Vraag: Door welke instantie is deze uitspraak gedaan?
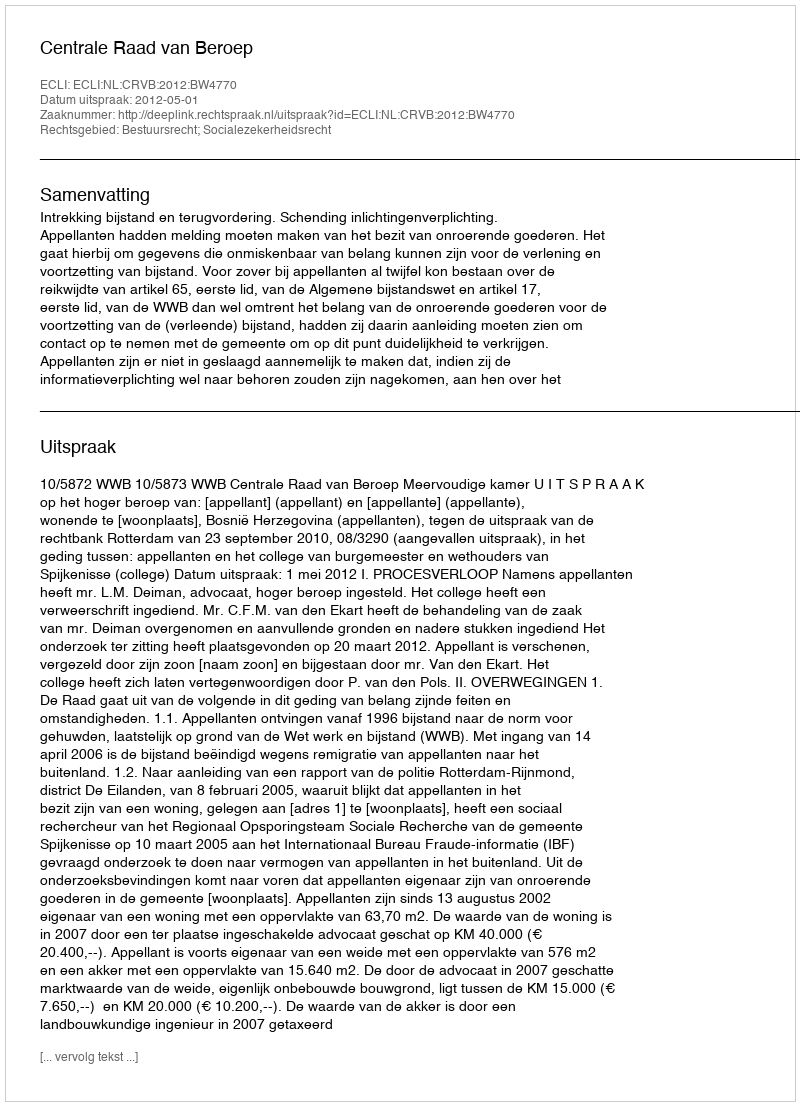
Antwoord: Centrale Raad van Beroep